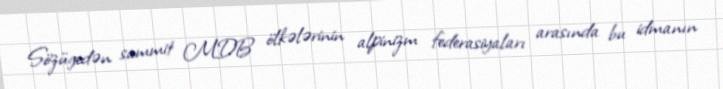
Sözügedən sammit MDB ölkələrinin alpinizm federasiyaları arasında bu idmanın